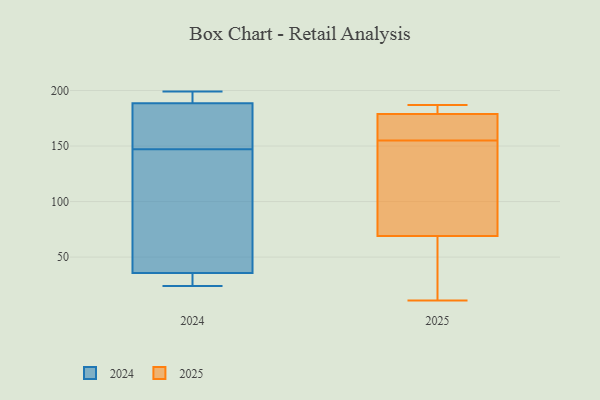
{"axis": {"x": "Page Views", "y": "Value"}, "legend": ["2024", "2025"], "data": [{"x": "", "y": 188, "type": "2024"}, {"x": "", "y": 37, "type": "2024"}, {"x": "", "y": 180, "type": "2024"}, {"x": "", "y": 119, "type": "2024"}, {"x": "", "y": 163, "type": "2024"}, {"x": "", "y": 199, "type": "2024"}, {"x": "", "y": 190, "type": "2024"}, {"x": "", "y": 29, "type": "2024"}, {"x": "", "y": 32, "type": "2024"}, {"x": "", "y": 24, "type": "2024"}, {"x": "", "y": 191, "type": "2024"}, {"x": "", "y": 147, "type": "2024"}, {"x": "", "y": 62, "type": "2024"}, {"x": "", "y": 183, "type": "2025"}, {"x": "", "y": 155, "type": "2025"}, {"x": "", "y": 114, "type": "2025"}, {"x": "", "y": 75, "type": "2025"}, {"x": "", "y": 11, "type": "2025"}, {"x": "", "y": 107, "type": "2025"}, {"x": "", "y": 17, "type": "2025"}, {"x": "", "y": 187, "type": "2025"}, {"x": "", "y": 51, "type": "2025"}, {"x": "", "y": 181, "type": "2025"}, {"x": "", "y": 171, "type": "2025"}, {"x": "", "y": 171, "type": "2025"}, {"x": "", "y": 178, "type": "2025"}]}